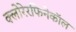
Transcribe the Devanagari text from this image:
क्लोरेरफिनेकॉल